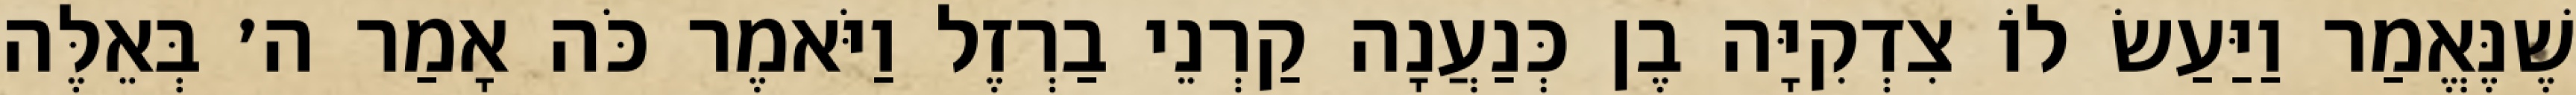
שֶׁנֶּאֱמַר וַיַּעַשׂ לוֹ צִדְקִיָּה בֶן כְּנַעֲנָה קַרְנֵי בַרְזֶל וַיֹּאמֶר כֹּה אָמַר ה׳ בְּאֵלֶּה